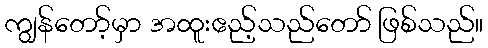
ကျွန်တော့်မှာ အထူးဧည့်သည်တော် ဖြစ်သည်။